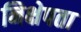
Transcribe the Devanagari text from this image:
निक्षेपता